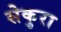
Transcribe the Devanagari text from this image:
सेकुरा